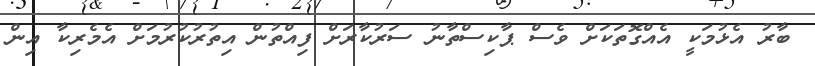
ބާރު އެޅުމަކީ އެއްގޮތަކަށް ވެސް ޕާކިސްތާނު ސަރުކާރަށް ފިއްތުން އިތުރުކުރުމަށް އެމެރިކާ އިން